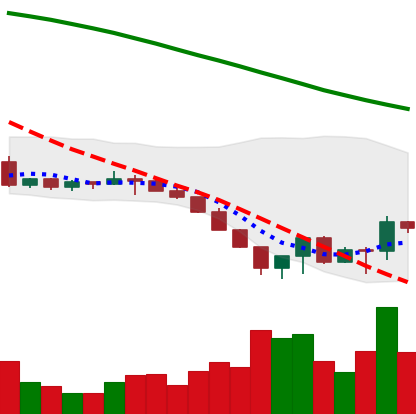
Ticker: LTC-USD
Chart end date: 2022-06-20
Forward return: 11.463%
Label: up_7plus